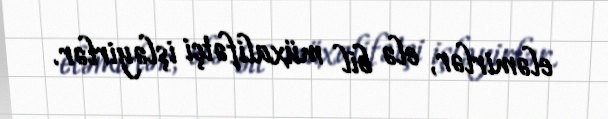
eləmirlər, elə bil müxalifətçi işləyirlər.